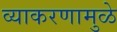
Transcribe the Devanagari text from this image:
व्याकरणामुळे